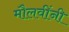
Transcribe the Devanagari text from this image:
मौलवींनी